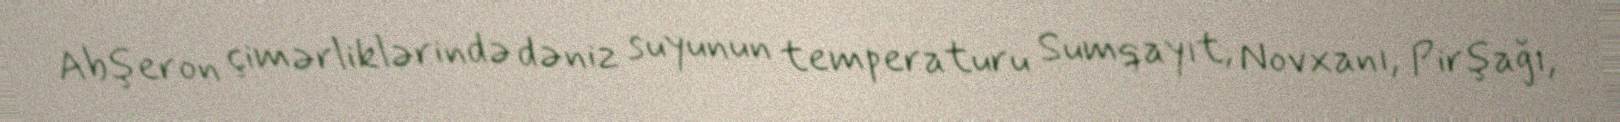
Abşeron çimərliklərində dəniz suyunun temperaturu Sumqayıt, Novxanı, Pirşağı,